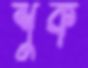
শুক